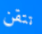
تتقن